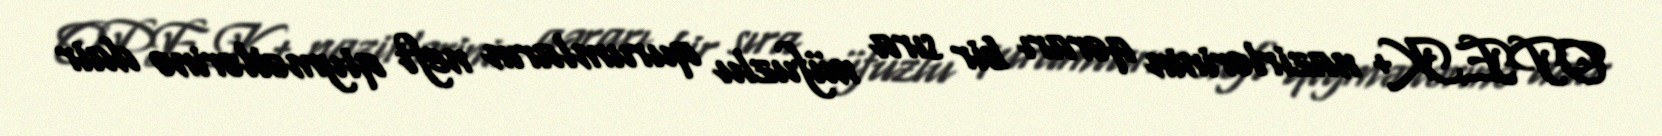
OPEK+ nazirlərinin qərarı bir sıra nüfuzlu qurumların neft qiymətlərinə dair